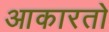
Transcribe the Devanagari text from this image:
आकारतो